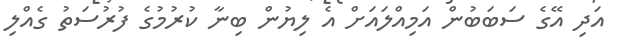
އަދި އޭގެ ސަބަބުން އަމިއްލައަށް އެ ލިޔުން ބިނާ ކުރުމުގެ ފުރުސަތު ގެއްލި